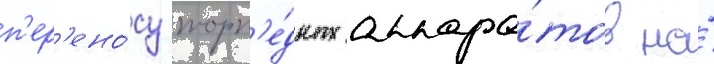
п'ер'ено́су торп'е́дных аппара́тов на́